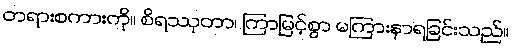
တရားစကားကို။ စိရဿုတာ၊ ကြာမြင့်စွာ မကြားနာရခြင်းသည်။